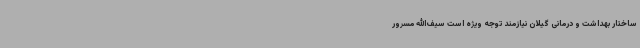
ساختار بهداشت و درمانی گیلان نیازمند توجه ویژه است سیف‌الله مسرور